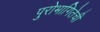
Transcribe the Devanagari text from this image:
पुरोभागितेची